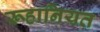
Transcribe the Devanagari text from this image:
रूहानियत